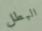
البطل